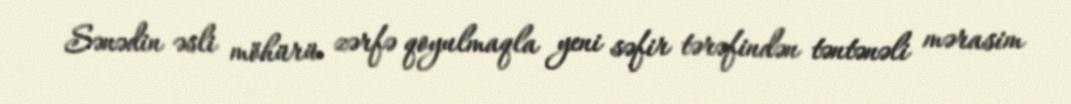
Sənədin əsli möhürü zərfə qoyulmaqla yeni səfir tərəfindən təntənəli mərasim